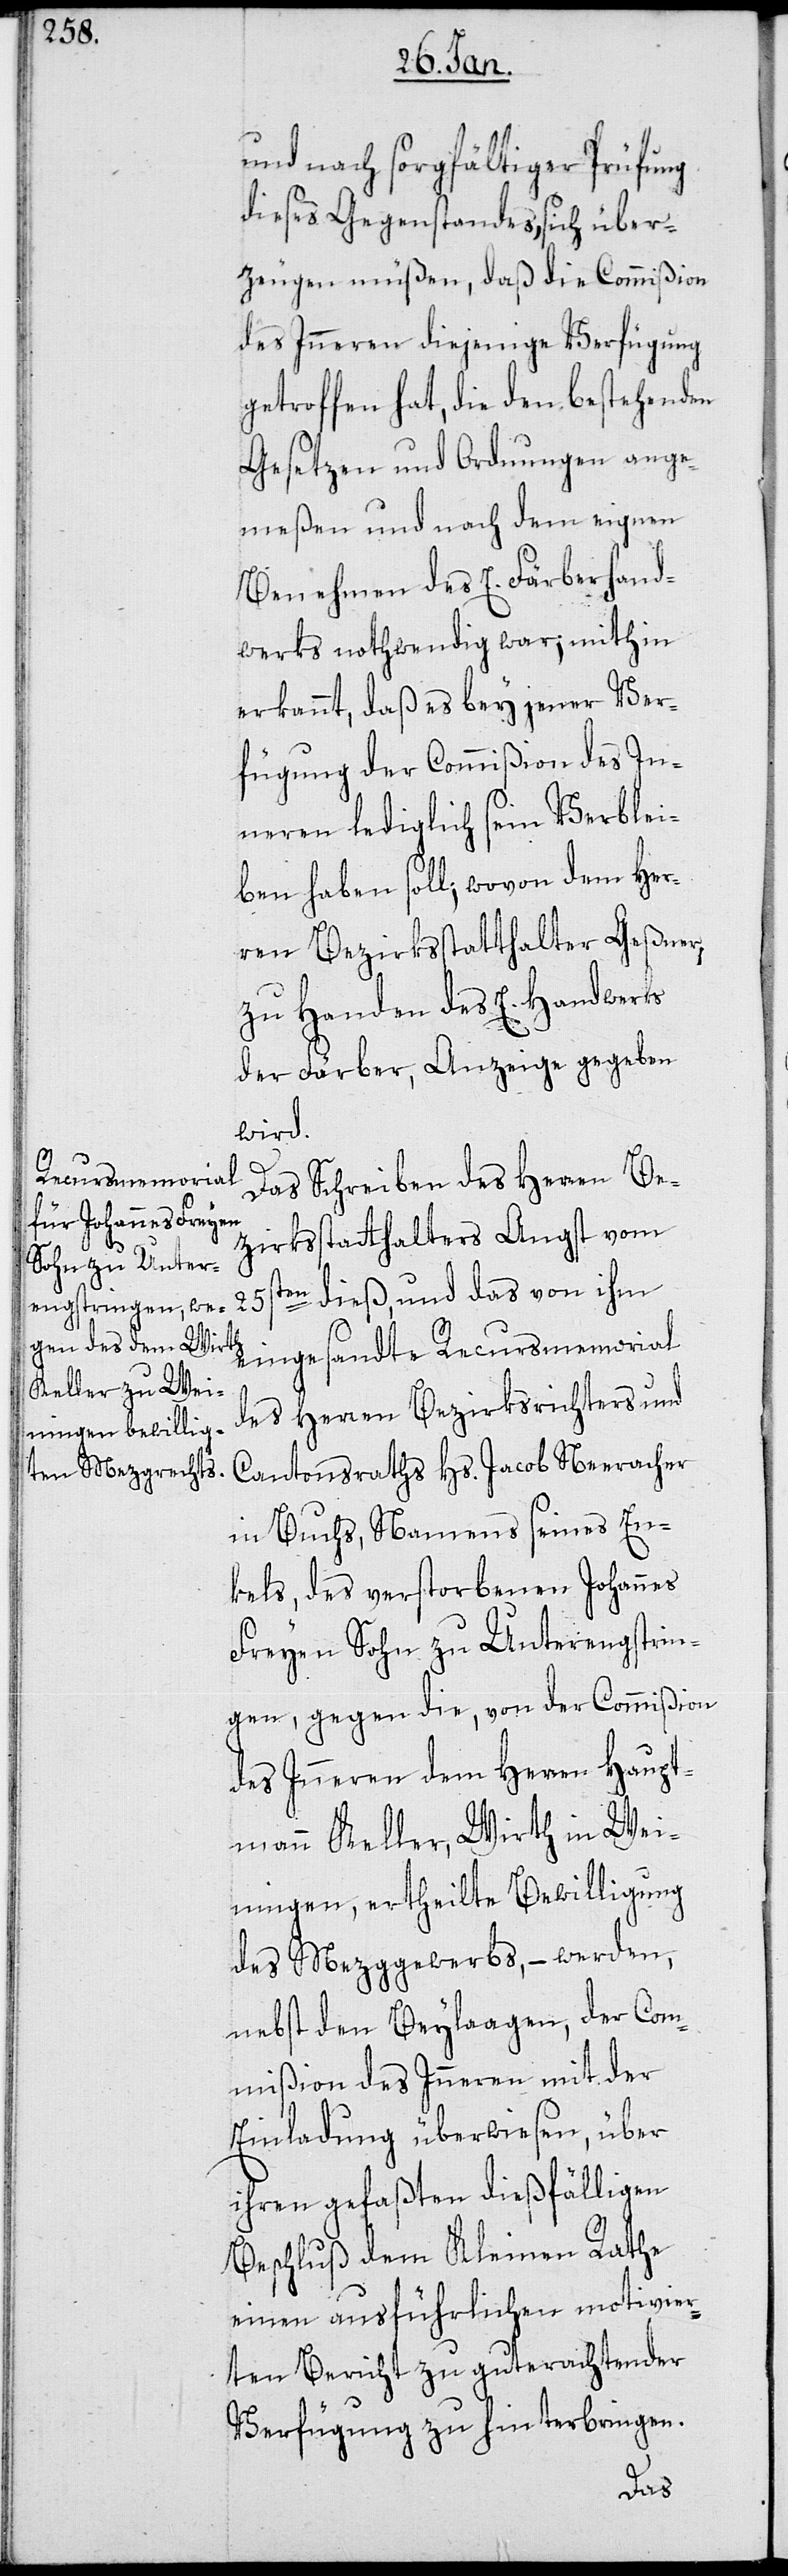
und nach sorgfältiger Prüfung
dieses Gegenstandes, sich über¬
zeugen müßen, daß die Commißion
des Inneren diejenige Verfügung
getroffen hat, die den bestehenden
Gesetzen und Ordnungen ange¬
meßen und nach dem eignen
Benehmen des E. Färberhand¬
werks nothwendig war; mithin
erkannt, daß es bey jener Ver¬
fügung der Commißion des In¬
neren lediglich sein Verblei¬
ben haben soll; wovon dem Her¬
ren Bezirksstatthalter Geßner,
zu Handen des E. Handwerks
der Färber, Anzeige gegeben
wird.
Das Schreiben des Herren Be¬
zirksstatthalters Angst vom
25sten dieß, und das von ihm
eingesandte Recursmemorial
des Herren Bezirksrichters und
Cantonsraths Hs. Jacob Neeracher
in Buchs, Namens seines En¬
kels, des verstorbenen Johannes
Freyen Sohn zu Unterengstrin¬
gen, gegen die, von der Commißion
des Inneren dem Herren Haupt¬
mann Keller, Wirth in Wei¬
ningen, ertheilte Bewilligung
des Metzggewerbs, – werden
nebst den Beylaagen, der Com¬
mißion des Inneren mit der
Einladung überwiesen, über
ihren gefaßten dießfälligen
Beschluß dem Kleinen Rathe
einen ausführlichen motivier¬
ten Bericht zu guterachtender
Verfügung zu hinterbringen.